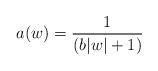
LaTeX: \begin{align*}a(w) = \frac{1}{( b |w | + 1)}\end{align*}